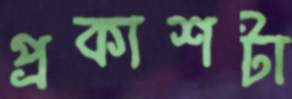
প্রকাশটা